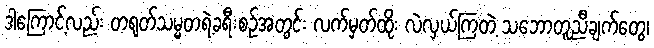
ဒါကြောင့်လည်း တရုတ်သမ္မတရဲ့ခရီးစဉ်အတွင်း လက်မှတ်ထိုး လဲလှယ်ကြတဲ့ သဘောတူညီချက်တွေ၊